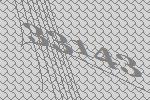
33143